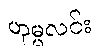
ဟုမ္မလင်း